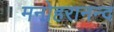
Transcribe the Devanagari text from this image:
मनोहरानन्द